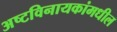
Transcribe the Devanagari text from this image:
अष्टविनायकांमधील